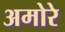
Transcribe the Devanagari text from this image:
अमोरे